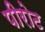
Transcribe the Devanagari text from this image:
पीरोट